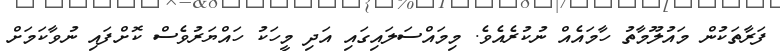
ފަރާތަކުން މައުލޫމާތު ހާމައެއް ނުކުރެއެވެ. މިމައްސަލައިގައި އަދި މީހަކު ހައްޔަރުވެސް ކޮށްފައި ނުވާކަމަށް